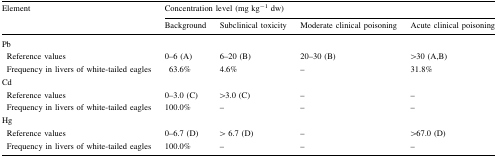
<table><thead><tr><td rowspan="2"><b>Element</b></td><td colspan="4"><b>Concentration level (mg kg<sup>−1</sup> dw)</b></td></tr><tr><td><b>Background</b></td><td><b>Subclinical toxicity</b></td><td><b>Moderate clinical poisoning</b></td><td><b>Acute clinical poisoning</b></td></tr></thead><tbody><tr><td colspan="5">Pb</td></tr><tr><td> Reference values</td><td>0–6 (A)</td><td>6–20 (B)</td><td>20–30 (B)</td><td>&gt;30 (A,B)</td></tr><tr><td> Frequency in livers of white-tailed eagles</td><td>63.6%</td><td>4.6%</td><td>–</td><td>31.8%</td></tr><tr><td colspan="5">Cd</td></tr><tr><td> Reference values</td><td>0–3.0 (C)</td><td>&gt;3.0 (C)</td><td>–</td><td>–</td></tr><tr><td> Frequency in livers of white-tailed eagles</td><td>100.0%</td><td>–</td><td>–</td><td>–</td></tr><tr><td colspan="5">Hg</td></tr><tr><td> Reference values</td><td>0–6.7 (D)</td><td>&gt; 6.7 (D)</td><td>–</td><td>&gt;67.0 (D)</td></tr><tr><td> Frequency in livers of white-tailed eagles</td><td>100.0%</td><td>–</td><td>–</td><td>–</td></tr></tbody></table>